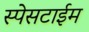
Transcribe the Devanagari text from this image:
स्पेसटाईम